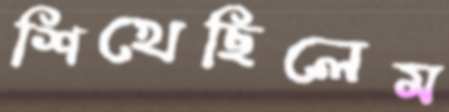
শিখেছিলেম